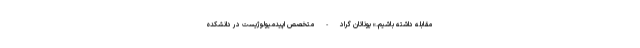
مقابله داشته باشیم.» یوناتان گراد - متخصص اپیدمیولوژیست در دانشکده